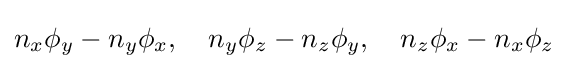
n_{x}\phi _{y}-n_{y}\phi _{x},\quad n_{y}\phi _{z}-n_{z}\phi _{y},\quad n_{z}\phi _{x}-n_{x}\phi _{z}